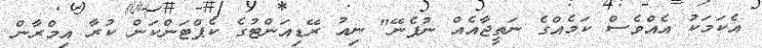
އެކަމަކު އެއްވެސް ކަމެއްގެ ނަތީޖާއެއް ނުފެނޭ" ނިއު ރޭޑިއަންޓުގެ ކެޕްޓަންކަން ކުރާ އިމްރާން